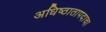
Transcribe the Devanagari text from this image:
अधिष्ठातापदाचा